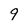
Character: 9